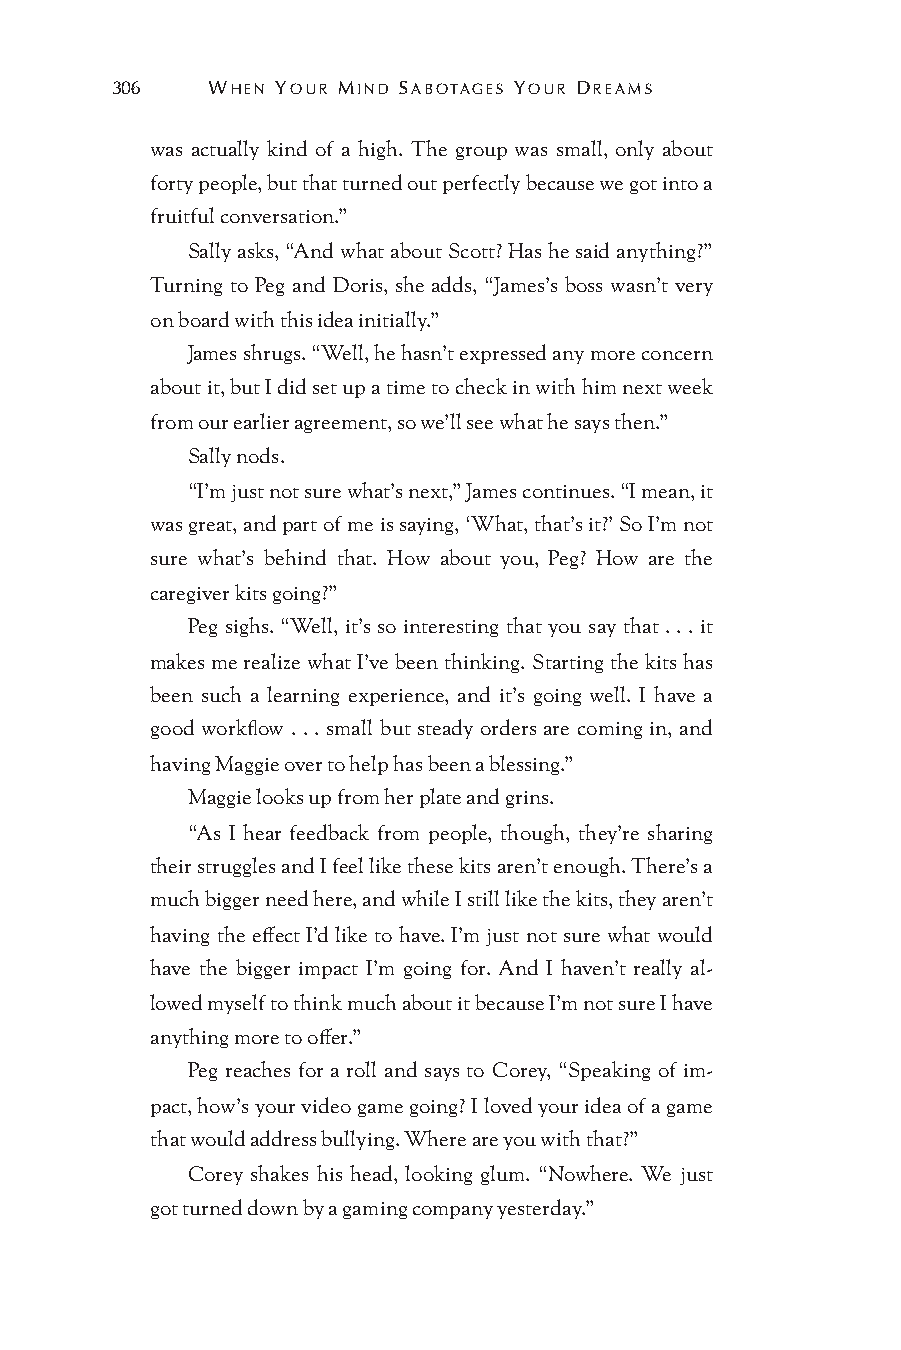
306    WHEN YOUR MIND SABOTAGES YOUR DREAMS
 was actually kind of a high. The group was small, only about
 forty people, but that turned out perfectly because we got into a
 fruitful conversation.”
 Sally asks, “And what about Scott? Has he said anything?”
 Turning to Peg and Doris, she adds, “James’s boss wasn’t very
 on board with this idea initially.”
 James shrugs. “Well, he hasn’t expressed any more concern
 about it, but I did set up a time to check in with him next week
 from our earlier agreement, so we’ll see what he says then.”
 Sally nods.
 “I’m just not sure what’s next,” James continues. “I mean, it
 was great, and part of me is saying, ‘What, that’s it?’ So I’m not
 sure what’s behind that. How about you, Peg? How are the
 caregiver kits going?”
 Peg sighs. “Well, it’s so interesting that you say that . . . it
 makes me realize what I’ve been thinking. Starting the kits has
 been such a learning experience, and it’s going well. I have a
 good workflow . . . small but steady orders are coming in, and
 having Maggie over to help has been a blessing.”
 Maggie looks up from her plate and grins.
 “As I hear feedback from people, though, they’re sharing
 their struggles and I feel like these kits aren’t enough. There’s a
 much bigger need here, and while I still like the kits, they aren’t
 having the effect I’d like to have. I’m just not sure what would
 have the bigger impact I’m going for. And I haven’t really al-
 lowed myself to think much about it because I’m not sure I have
 anything more to offer.”
 Peg reaches for a roll and says to Corey, “Speaking of im-
 pact, how’s your video game going? I loved your idea of a game
 that would address bullying. Where are you with that?”
 Corey shakes his head, looking glum. “Nowhere. We just
 got turned down by a gaming company yesterday.”